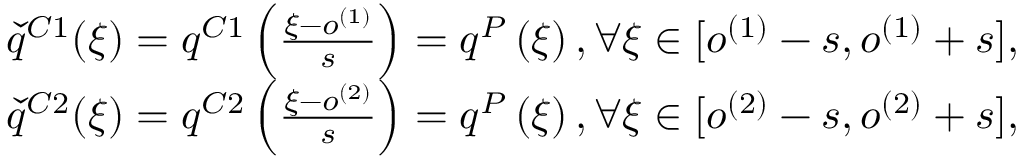
\begin{array} { r l } & { \check { q } ^ { C 1 } ( \xi ) = q ^ { C 1 } \left( \frac { \xi - o ^ { ( 1 ) } } { s } \right) = q ^ { P } \left( \xi \right) , \forall \xi \in [ o ^ { ( 1 ) } - s , o ^ { ( 1 ) } + s ] , } \\ & { \check { q } ^ { C 2 } ( \xi ) = q ^ { C 2 } \left( \frac { \xi - o ^ { ( 2 ) } } { s } \right) = q ^ { P } \left( \xi \right) , \forall \xi \in [ o ^ { ( 2 ) } - s , o ^ { ( 2 ) } + s ] , } \end{array}